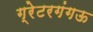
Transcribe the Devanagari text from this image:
ग्रेटरगंगऊ